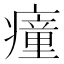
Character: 𤺄